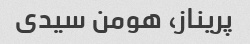
پریناز، هومن سیدی